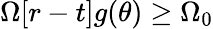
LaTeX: \Omega[r-t]g(\theta)\geq\Omega_{0}